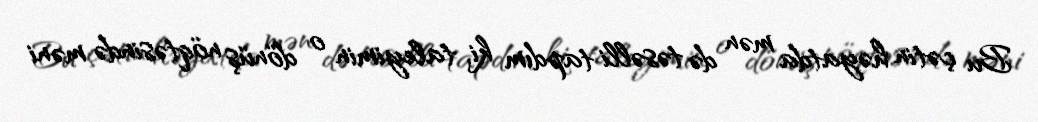
Bu çətin həyatda mən də təsəlli tapdım ki, taleyimin o dönüş nöqtəsində məni